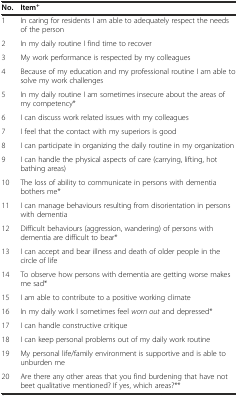
<table><thead><tr><td><b>No.</b></td><td><b>Item<sup>+</sup></b></td></tr></thead><tbody><tr><td>1</td><td>In caring for residents I am able to adequately respect the needs of the person</td></tr><tr><td>2</td><td>In my daily routine I find time to recover</td></tr><tr><td>3</td><td>My work performance is respected by my colleagues</td></tr><tr><td>4</td><td>Because of my education and my professional routine I am able to solve my work challenges</td></tr><tr><td>5</td><td>In my daily routine I am sometimes insecure about the areas of my competency*</td></tr><tr><td>6</td><td>I can discuss work related issues with my colleagues</td></tr><tr><td>7</td><td>I feel that the contact with my superiors is good</td></tr><tr><td>8</td><td>I can participate in organizing the daily routine in my organization</td></tr><tr><td>9</td><td>I can handle the physical aspects of care (carrying, lifting, hot bathing areas)</td></tr><tr><td>10</td><td>The loss of ability to communicate in persons with dementia bothers me*</td></tr><tr><td>11</td><td>I can manage behaviours resulting from disorientation in persons with dementia</td></tr><tr><td>12</td><td>Difficult behaviours (aggression, wandering) of persons with dementia are difficult to bear*</td></tr><tr><td>13</td><td>I can accept and bear illness and death of older people in the circle of life</td></tr><tr><td>14</td><td>To observe how persons with dementia are getting worse makes me sad*</td></tr><tr><td>15</td><td>I am able to contribute to a positive working climate</td></tr><tr><td>16</td><td>In my daily work I sometimes feel <i>worn out</i> and depressed*</td></tr><tr><td>17</td><td>I can handle constructive critique</td></tr><tr><td>18</td><td>I can keep personal problems out of my daily work routine</td></tr><tr><td>19</td><td>My personal life/family environment is supportive and is able to unburden me</td></tr><tr><td>20</td><td>Are there any other areas that you find burdening that have not beet qualitative mentioned? If yes, which areas?**</td></tr></tbody></table>